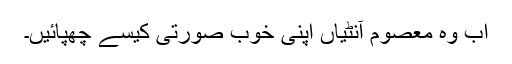
اب وہ معصوم آنٹیاں اپنی خوب صورتی کیسے چھپائیں۔